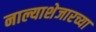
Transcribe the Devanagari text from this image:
नाल्याशेजारच्या